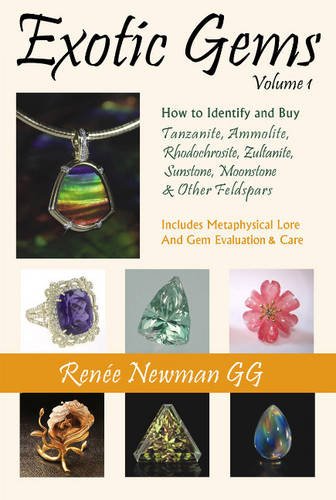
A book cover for Exotic Gems: How to Identify and Buy Tanzanite, Ammolite, Rhodochrosite, Zultanite, Sunstone, Moonstone & Other Feldspars (Newman Exotic Gem Series); Renee Newman; Reference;